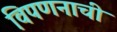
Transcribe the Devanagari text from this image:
विपणनाची